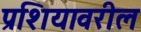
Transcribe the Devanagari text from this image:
प्रशियावरील